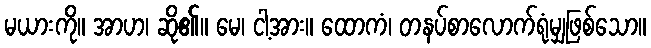
မယားကို။ အာဟ၊ ဆို၏။ မေ၊ ငါ့အား။ ထောကံ၊ တနပ်စာလောက်ရုံမျှဖြစ်သော။